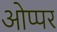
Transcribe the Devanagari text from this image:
ओप्पर